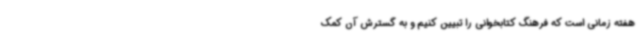
هفته زمانی است که فرهنگ کتابخوانی را تبیین کنیم و به گسترش آن کمک